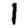
Digit: 1